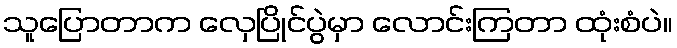
သူပြောတာက လှေပြိုင်ပွဲမှာ လောင်းကြတာ ထုံးစံပဲ။